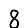
Digit: 8